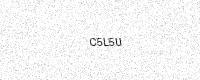
Text: C5L5U